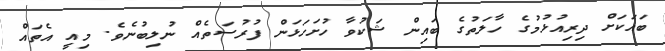
ބައަކަށް ދިރިއުޅުމުގެ ހާލަތުގެ ބައިން ޝަކުވާ ހުށަހަޅަން ފުރުސަތެއް ނުލިބުނެވެ. މިއީ އެތައް